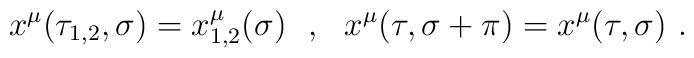
x^\mu(\tau_{1,2},\sigma)=x^\mu_{1,2}(\sigma)\ \ ,\ \ x^\mu(\tau,\sigma+\pi)=x^\mu(\tau,\sigma)\ .